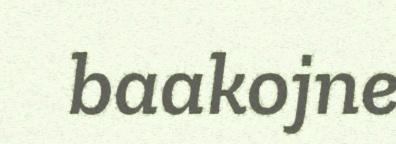
baakojne